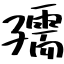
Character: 孺